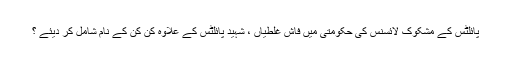
پائلٹس کے مشکوک لائسنس کی حکومتی میں فاش غلطیاں ، شہید پائلٹس کے علاوہ کن کن کے نام شامل کر دیئے ؟